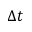
\Delta t